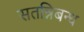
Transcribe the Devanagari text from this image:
सतन्निबन्ध